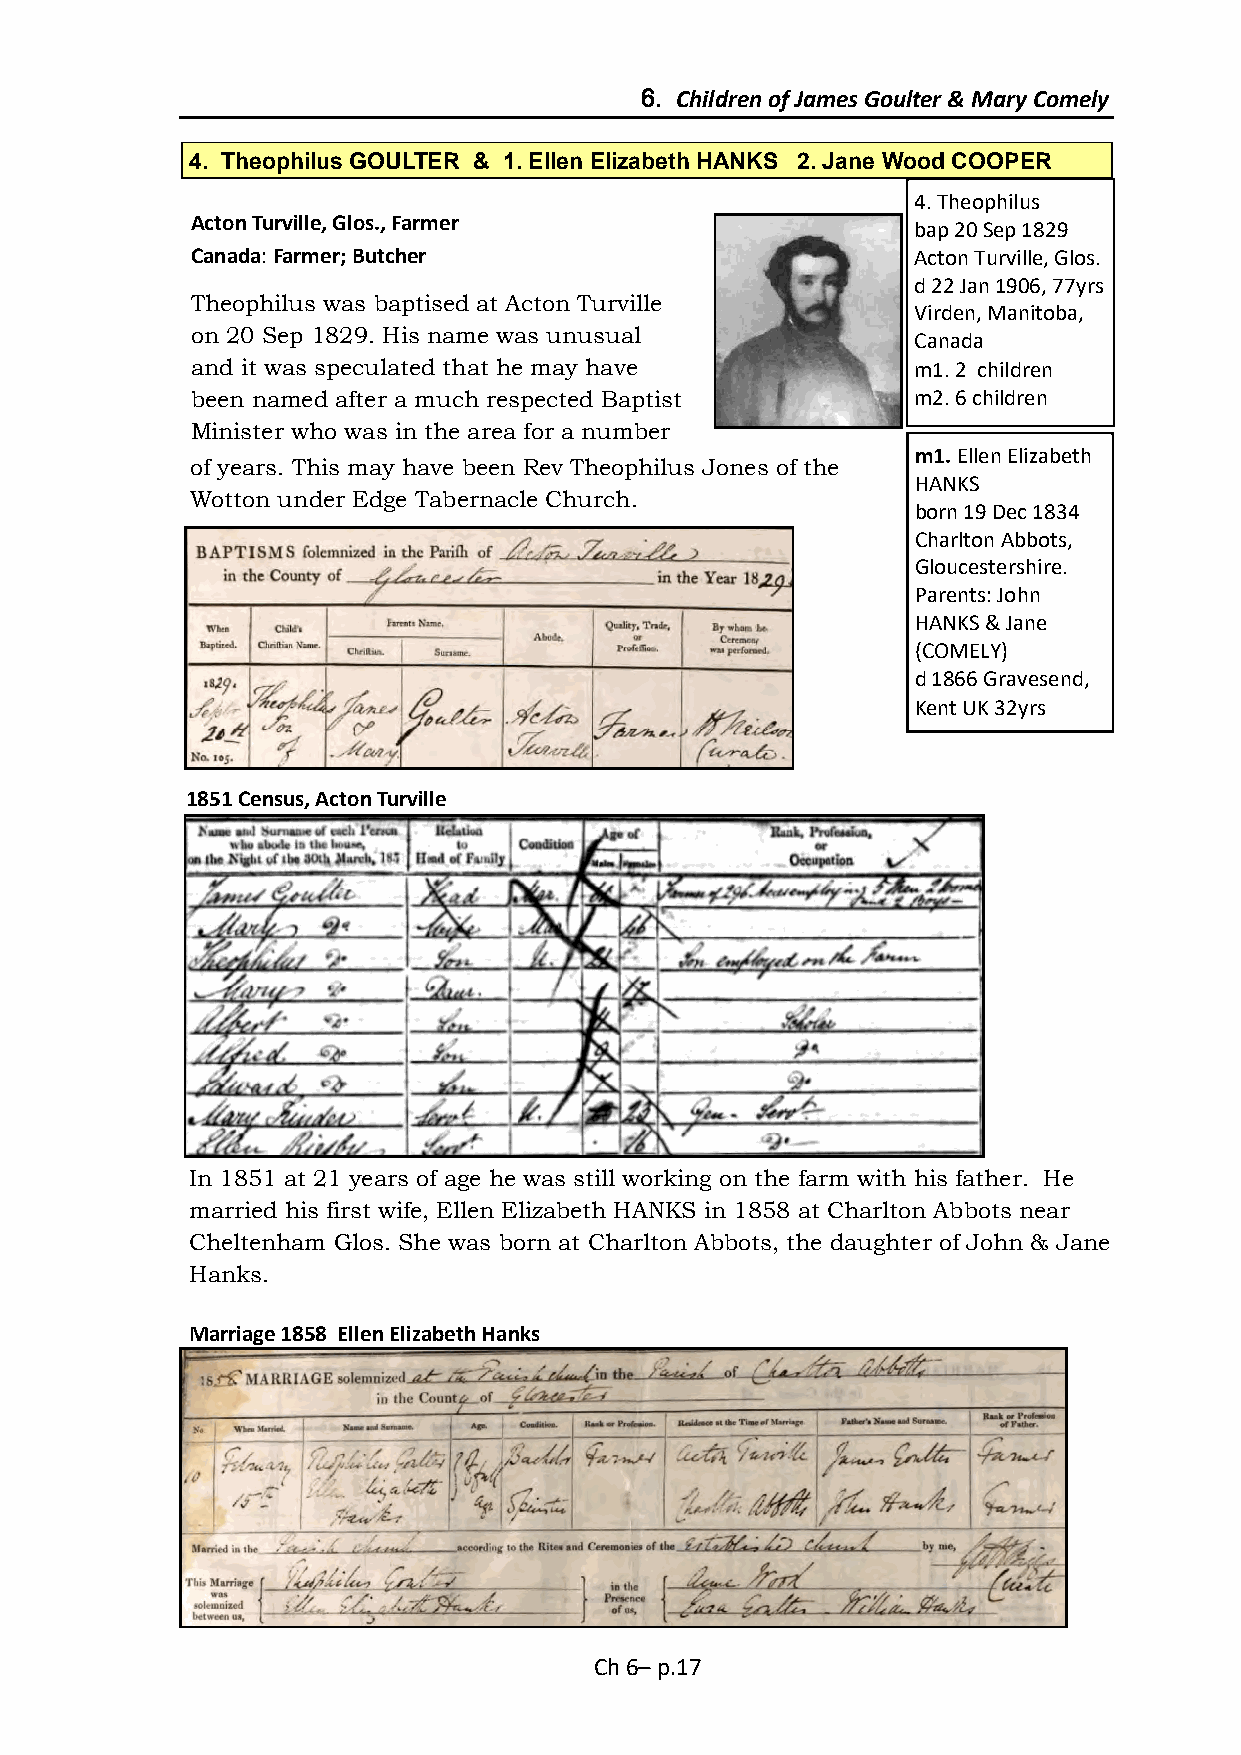
6. Children of James Goulter & Mary Comely
 4. Theophilus GOULTER & 1. Ellen Elizabeth HANKS 2. Jane Wood COOPER
 4. Theophilus
 Acton Turville, Glos., Farmer
 bap 20 Sep 1829
 Canada: Farmer; Butcher                        Acton Turville, Glos.
 d 22 Jan 1906, 77yrs
 Theophilus was baptised at Acton Turville
 Virden, Manitoba,
 on 20 Sep 1829. His name was unusual
 Canada
 and it was speculated that he may have         m1. 2 children
 been named after a much respected Baptist      m2. 6 children
 Minister who was in the area for a number
 m1. Ellen Elizabeth
 of years. This may have been Rev Theophilus Jones of the
 HANKS
 Wotton under Edge Tabernacle Church.
 born 19 Dec 1834
 Charlton Abbots,
 Gloucestershire.
 Parents: John
 HANKS & Jane
 (COMELY)
 d 1866 Gravesend,
 Kent UK 32yrs
 1851 Census, Acton Turville
 In 1851 at 21 years of age he was still working on the farm with his father. He
 married his first wife, Ellen Elizabeth HANKS in 1858 at Charlton Abbots near
 Cheltenham Glos. She was born at Charlton Abbots, the daughter of John & Jane
 Hanks.
 Marriage 1858 Ellen Elizabeth Hanks
 Ch 6– p.17